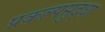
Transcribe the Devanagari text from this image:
प्रकल्पसुद्धा